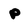
Character: p